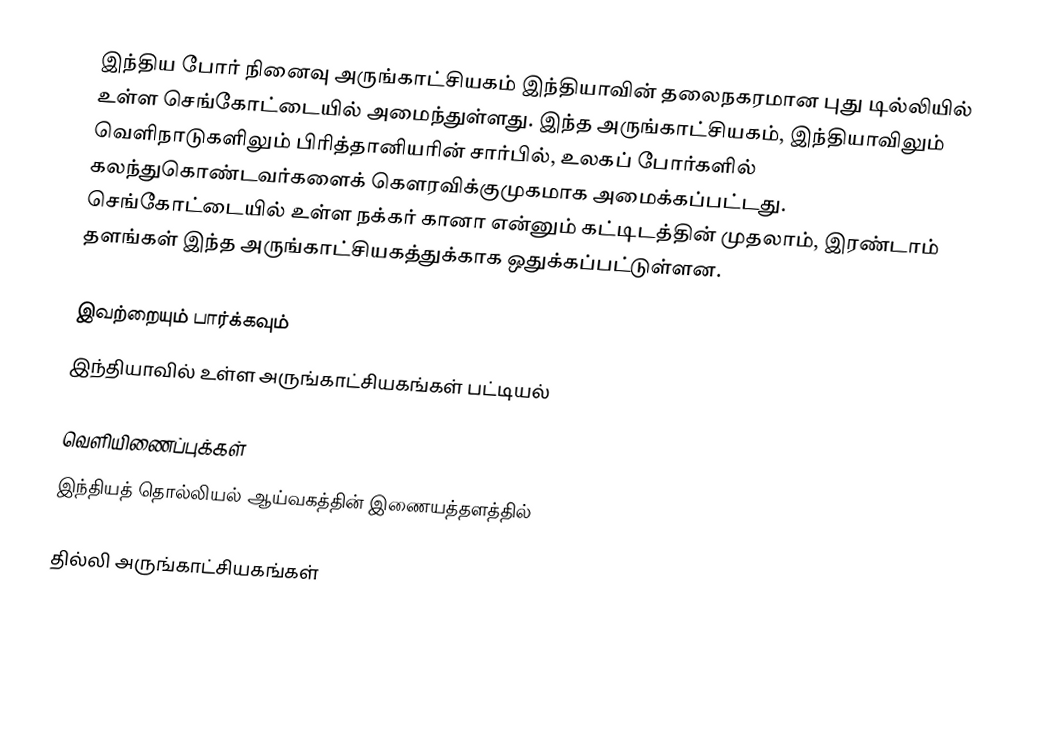
இந்திய போர் நினைவு அருங்காட்சியகம் இந்தியாவின் தலைநகரமான புது டில்லியில் உள்ள செங்கோட்டையில் அமைந்துள்ளது. இந்த அருங்காட்சியகம், இந்தியாவிலும் வெளிநாடுகளிலும் பிரித்தானியரின் சார்பில், உலகப் போர்களில் கலந்துகொண்டவர்களைக் கௌரவிக்குமுகமாக அமைக்கப்பட்டது. செங்கோட்டையில் உள்ள நக்கர் கானா என்னும் கட்டிடத்தின் முதலாம், இரண்டாம் தளங்கள் இந்த அருங்காட்சியகத்துக்காக ஒதுக்கப்பட்டுள்ளன.

இவற்றையும் பார்க்கவும்
 இந்தியாவில் உள்ள அருங்காட்சியகங்கள் பட்டியல்

வெளியிணைப்புக்கள்
 இந்தியத் தொல்லியல் ஆய்வகத்தின் இணையத்தளத்தில்

தில்லி அருங்காட்சியகங்கள்